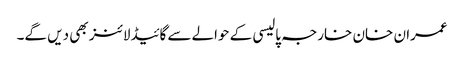
عمران خان خارجہ پالیسی کے حوالےسے گائیڈلائنز بھی دیں گے۔